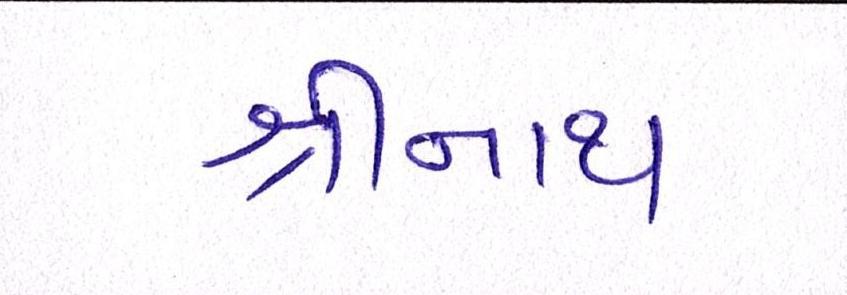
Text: શ્રીનાથ